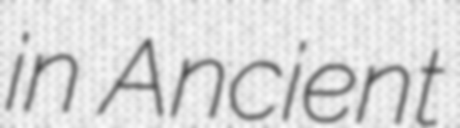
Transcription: in Ancient